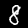
Label: 8